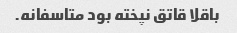
باقلا قاتق نپخته بود متاسفانه.